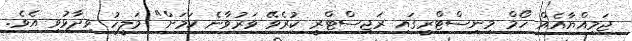
ޖަމިއްޔާއެއް ހޯމް މިނިސްޓްރީގައި ރަޖިސްޓްރީ ކުރެވޭ ވަރުވާނެ ކަމަށް" މަލީހު ވިދާޅުވި އެވެ.